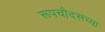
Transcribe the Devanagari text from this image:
रूपचौदसच्या